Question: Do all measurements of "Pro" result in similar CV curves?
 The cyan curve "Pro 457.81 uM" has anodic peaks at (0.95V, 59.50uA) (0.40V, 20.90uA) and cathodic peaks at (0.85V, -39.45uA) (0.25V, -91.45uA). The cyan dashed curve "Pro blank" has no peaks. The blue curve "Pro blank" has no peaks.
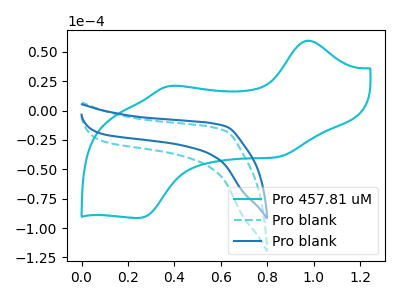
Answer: <think>"Pro 457.81 uM" and "Pro blank" have a different number of peaks. "Pro 457.81 uM" and "Pro blank" have a different number of peaks. Neither "Pro blank" or "Pro blank" have any peaks.
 </think>
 <answer>All the CV's of "Pro" have similar shape.</answer>
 <eval>follow_rule</eval>